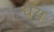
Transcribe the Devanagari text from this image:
धेय